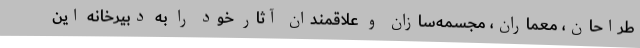
طراحان، معماران، مجسمه‌سازان و علاقمندان آثار خود را به دبیرخانه این